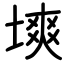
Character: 塽